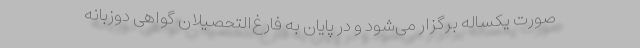
صورت یکساله برگزار می‌شود و در پایان به فارغ‌التحصیلان گواهی دوزبانه